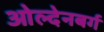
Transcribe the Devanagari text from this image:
ओल्देनबर्ग